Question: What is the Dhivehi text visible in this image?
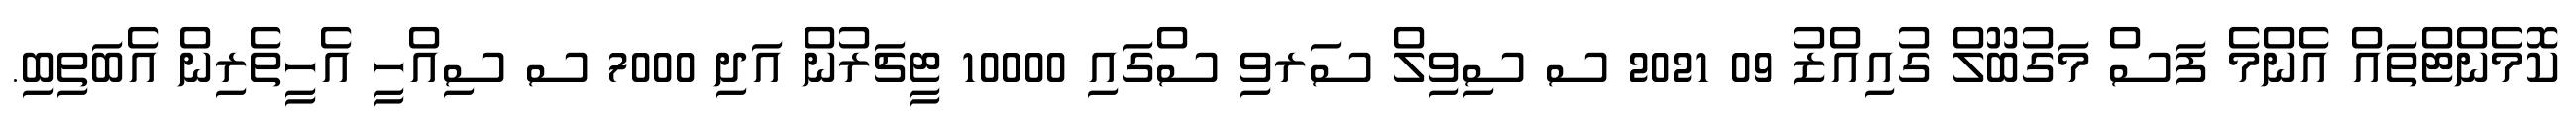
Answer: ކޮމެންޓްތައް އެންމެ ފަސް މަގުބޫލް ގުއިއްޒު 09 2021 ސ ސިވިލް ސަރވި ސްގައި 10000 ޓީޗަރުން އަދި 7000 ސ ސިއްހީ އެހީތެރިން އެބަތިބި.